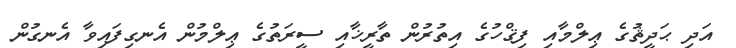
އަދި ޙަދީޘުގެ ޢިލްމާއި ފިޤްހުގެ އިތުރުން ތާރީޚާއި ސީރަތުގެ ޢިލްމުން އެނގިފައިވާ އެނގުން